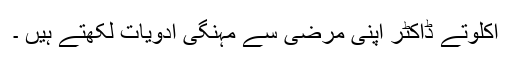
اکلوتے ڈاکٹر اپنی مرضی سے مہنگی ادویات لکھتے ہیں ۔